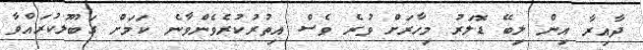
ދާއިރާ އިން ލިބޭ ޑޮލަރު މިހާރަށް ވުރެ ވެސް އިތުރުކުރެވެންވާނެ ކަމަށް ގަބޫލުކުރައްވާ